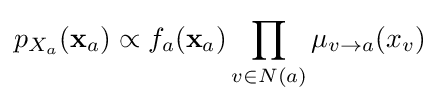
p_{X_{a}}(\mathbf {x} _{a})\propto f_{a}(\mathbf {x} _{a})\prod _{v\in N(a)}\mu _{v\to a}(x_{v})